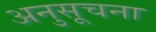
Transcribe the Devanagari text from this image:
अनुसूचना